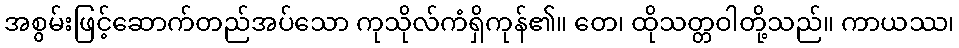
အစွမ်းဖြင့်ဆောက်တည်အပ်သော ကုသိုလ်ကံရှိကုန်၏။ တေ၊ ထိုသတ္တဝါတို့သည်။ ကာယဿ၊